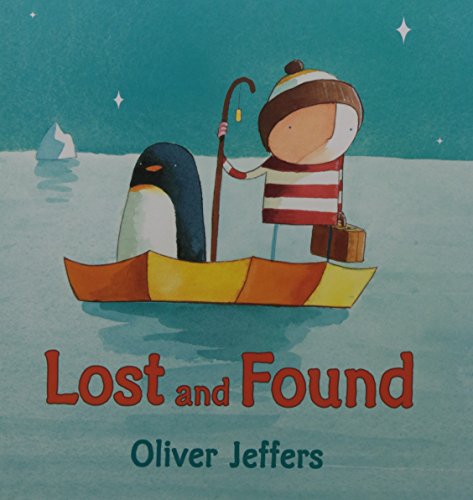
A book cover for Lost and Found; Oliver Jeffers; Children's Books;